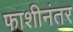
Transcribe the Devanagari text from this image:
फाशीनंतर